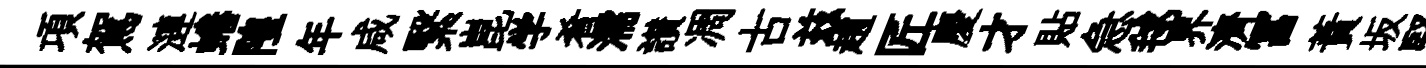
項駕漣蜷隍年咸繄崑学肴濡讃凋古兹趙匠慶才貼急毬界濟冨蕡坂竪